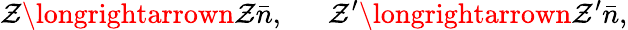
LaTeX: \mathcal{Z}\longrightarrown\mathcal{Z}\bar{{n}},~~~~~~\mathcal{Z}^{\prime}\longrightarrown\mathcal{Z}^{\prime}\bar{{n}},